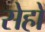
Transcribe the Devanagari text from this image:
सेहों